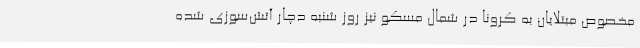
مخصوص مبتلایان به کرونا در شمال مسکو نیز روز شنبه دچار آتش‌سوزی شده